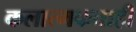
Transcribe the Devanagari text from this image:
कलात्मकताही